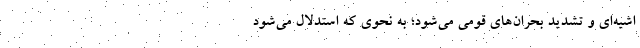
اشیه‌ای و تشدید بحران‌های قومی می‌شود؛ به‌ نحوی که استدلال می‌شود